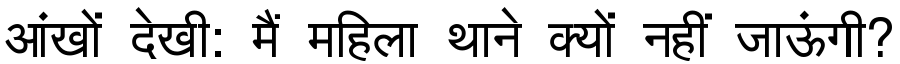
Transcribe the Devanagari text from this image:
आंखों देखी: मैं महिला थाने क्यों नहीं जाऊंगी?